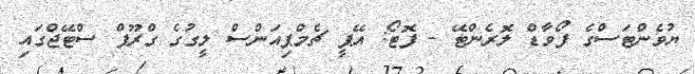
ޔުވެންޓަސްގެ ފޯވާޑް ލޮރެންޓޭ - ފޮޓޯ: އޭޕީ ޗެމްޕިއަންސް ލީގުގެ ގްރޫޕް ސްޓޭޖްގައި